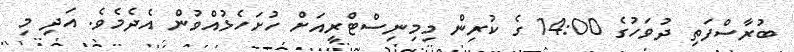
ބުރާސްފަތި ދުވަހުގެ 14:00 ގެ ކުރިން މިމިނިސްޓްރީއަށް ހުށަހެޅުއްވުން އެދެމެވެ. އަދި މި